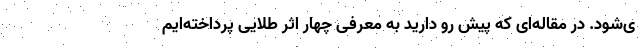
ی‌شود. در مقاله‌ای که پیش رو دارید به معرفی چهار اثر طلایی پرداخته‌ایم